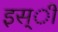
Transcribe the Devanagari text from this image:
इस्ी